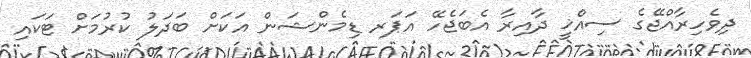
ދިވެހިރާއްޖޭގެ ސިއްޚީ ދާއިރާ އެބަޖެހޭ އަޕަރ ޑިމެންޝަން އަކަށް ބަދަލު ކުރުމަށް ޓަކައި